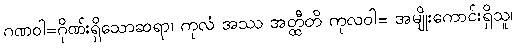
ဂဏဝါ=ဂိုဏ်းရှိသောဆရာ၊ ကုလံ အဿ အတ္ထီတိ ကုလဝါ= အမျိုးကောင်းရှိသူ၊